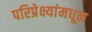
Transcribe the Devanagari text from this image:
परिप्रेक्ष्यांमधून